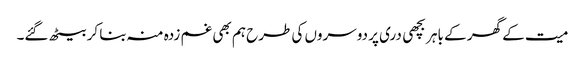
میت کے گھر کے باہر بچھی دری پر دوسروں کی طرح ہم بھی غم زدہ منہ بنا کر بیٹھ گئے۔